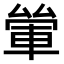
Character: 𨋿